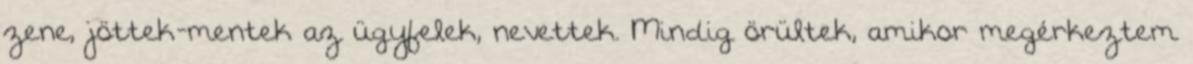
zene, jöttek-mentek az ügyfelek, nevettek. Mindig örültek, amikor megérkeztem